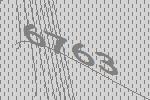
6763